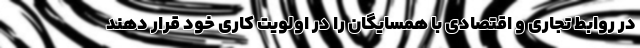
در روابط تجاری و اقتصادی با همسایگان را در اولویت کاری خود قرار دهند